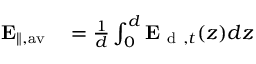
\begin{array} { r l } { \mathbf { E } _ { \| , \mathrm { a v } } } & { { } = \frac { 1 } { d } \int _ { 0 } ^ { d } \mathbf { E } _ { \mathrm { ~ d ~ } , t } ( z ) d z } \end{array}